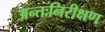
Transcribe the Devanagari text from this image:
अन्तःनिरीक्षण